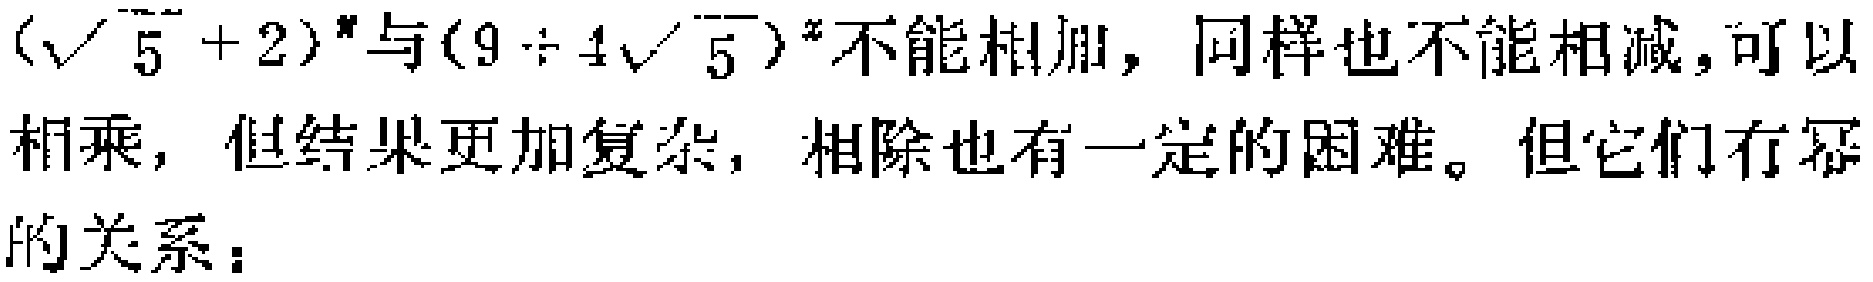
$(\sqrt{5} + 2)^{n}与(9 - 4\sqrt{5})^{n}不能相加，同样也不能相减，可以相乘，但结果更加复杂，相除也有一定的困难。但它们有幂的关系：$